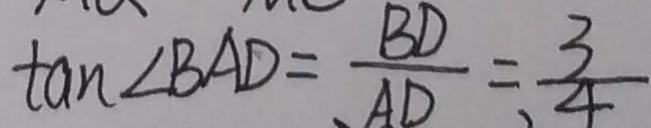
\tan \angle B A D = \frac { B D } { A D } = \frac { 3 } { 4 }